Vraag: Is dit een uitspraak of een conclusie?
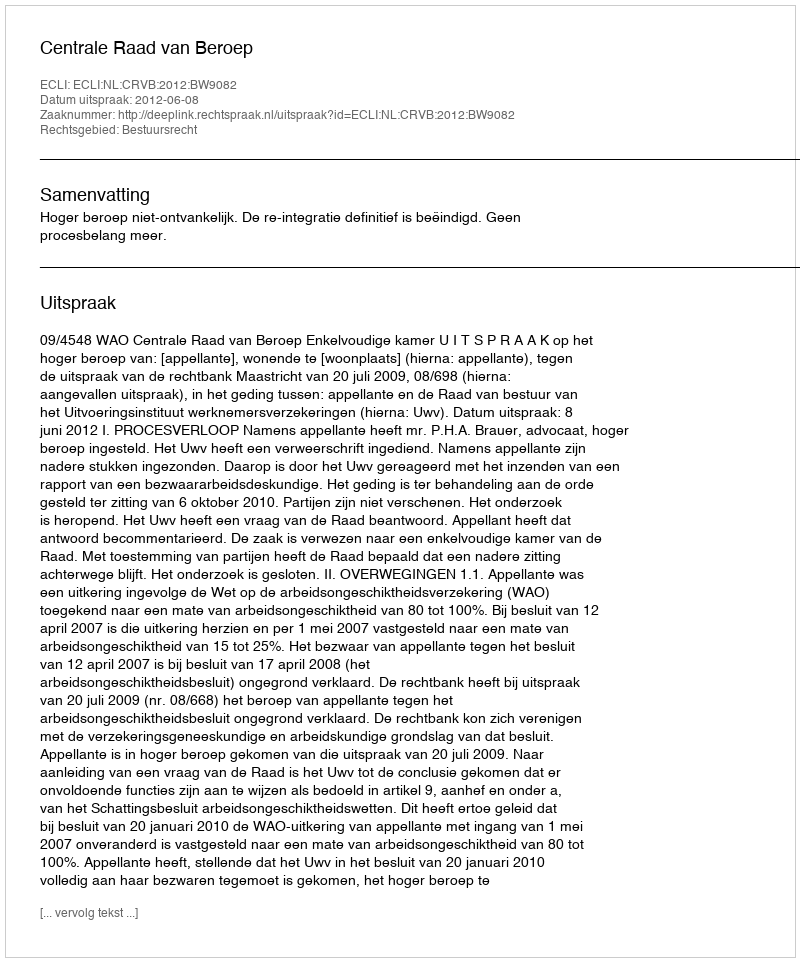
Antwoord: Uitspraak